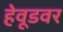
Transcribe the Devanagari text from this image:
हेवूडवर